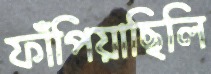
ফাঁপিয়াছিলি